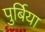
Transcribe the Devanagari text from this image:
पुर्बिया